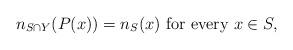
LaTeX: \begin{align*}n_{S\cap Y}(P(x))=n_S(x) \textrm{ for every } x\in S,\end{align*}